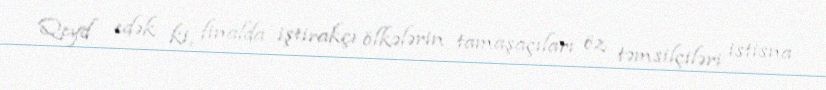
Qeyd edək ki, finalda iştirakçı ölkələrin tamaşaçıları öz təmsilçiləri istisna